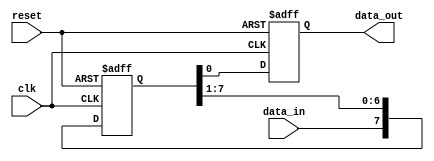
module shift_register(
  input wire clk,
  input wire reset,
  input wire data_in,
  output reg data_out
);

reg [7:0] register;

always @(posedge clk or posedge reset) begin
  if (reset) begin
    register <= 8'b0;
    data_out <= 1'b0;
  end else begin
    register <= {data_in, register[7:1]};
    data_out <= register[0];
  end
end

endmodule